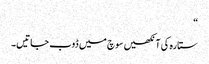
“
ستارہ کی آنکھیں سوچ میں ڈوب جاتیں۔